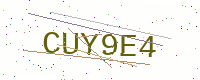
Text: CUY9E4